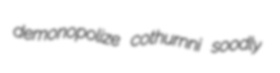
demonopolize cothurnni soodly